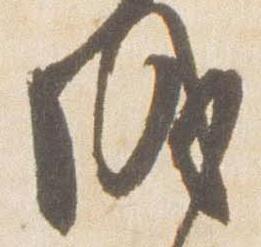
成